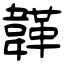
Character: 韚